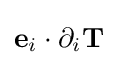
\mathbf {e} _{i}\cdot \partial _{i}\mathbf {T}